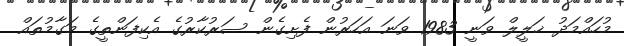
މުހައްމަދު ޚަލީލް ވަނީ 1983 ވަނަ އަހަރުން ފެށިގެން ސަރުކާރުގެ އެކިފަންތީގެ މަގާމުތައް